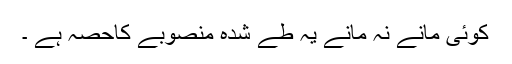
کوئی مانے نہ مانے یہ طے شدہ منصوبے کاحصہ ہے ۔